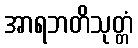
အာရဘတိသုတ္တံ